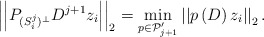
\begin{align*} \left| \left| P_{(S_i^j)^\perp} D^{j+1} z_i \right| \right|_2 = \min_{p \in \mathcal{P}_{j+1}'} \left| \left| p \left(D \right) z_i \right| \right|_2. \end{align*}